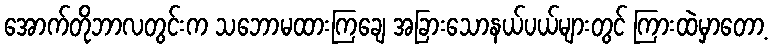
အောက်တိုဘာလတွင်းက သဘောမထားကြချေ အခြားသောနယ်ပယ်များတွင် ကြားထဲမှာတော့